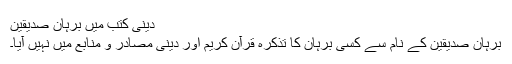
دینی کتب میں برہان صدیقین
برہان صدیقین کے نام سے کسی برہان کا تذکرہ قرآن کریم اور دینی مصادر و منابع میں نہیں آیا۔